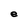
Character: e